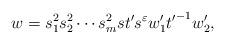
LaTeX: \begin{align*}w = s^2_1 s^2_2 \cdots s^2_m st' s^\varepsilon w'_1 {t'}^{-1} w'_2,\end{align*}